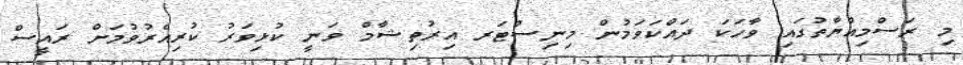
މި ރަސްމިއްޔާތުގައި ވާހަކަ ދައްކަވަމުން މިނިސްޓަރ އިރުތިޝާމް ވަނީ ކުޅިވަރު ކުރިއެރުވުމަށް ރައީސް